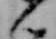
ん